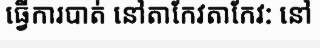
ធ្វើការបាត់ នៅតាកែវតាកែវ: នៅ